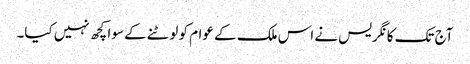
آج تک کانگریس نے اس ملک کے عوام کو لوٹنے کے سوا کچھ نہیں کیا۔